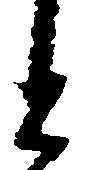
と